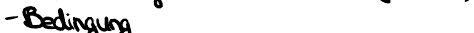
- Bedingung